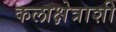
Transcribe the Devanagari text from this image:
कलाक्षेत्राशी